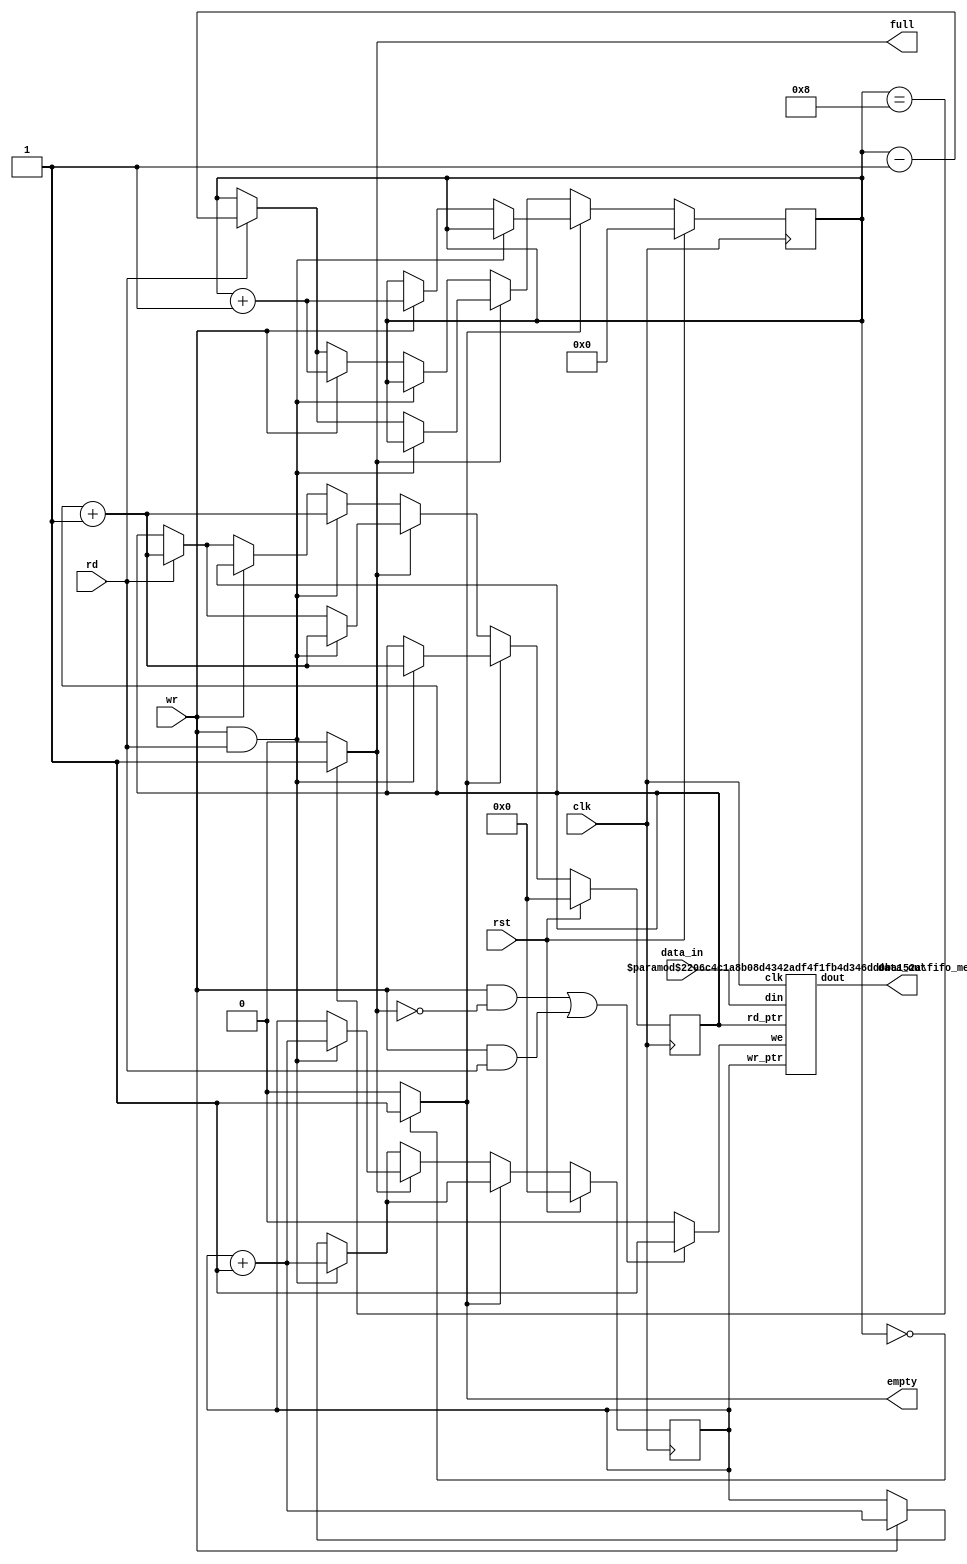
/**
  Simple FIFO.
  --
  Architecture: ANY
  --
  Parameters:
  * width: data width in bits (max 32 bits)
  * num_slots: number of fifo slots (max 256 slots)
  --
  (c) 2020 - 2023 Gray, gray@grayraven.org
  https://oberon-rts.org/licences
**/

`timescale 1ns / 1ps
`default_nettype none

module fifo #(parameter data_width = 8, num_slots = 8) (
  input wire clk,
  input wire rst,
  input wire rd,
  input wire wr,
  input wire [data_width-1:0] data_in,
  output wire empty, full,
  output wire [data_width-1:0] data_out
);

  reg [7:0] rd_ptr;
  reg [7:0] wr_ptr;
  reg [8:0] count;
  wire we;

  assign empty = (count == 8'b0) ? 1'b1 : 1'b0;
  assign full = (count == num_slots[8:0]) ? 1'b1 : 1'b0;

  always @(posedge clk) begin
    if (rst) begin
      rd_ptr[7:0] <= 8'b0;
      wr_ptr[7:0] <= 8'b0;
      count[8:0] <= 9'b0;
    end
		else begin
      if (empty) begin
        if (wr & rd) begin
          wr_ptr[7:0] <= wr_ptr[7:0] + 8'b1;
          rd_ptr[7:0] <= rd_ptr[7:0] + 8'b1;
        end
        else begin
          if (wr) begin
            wr_ptr[7:0] <= wr_ptr[7:0] + 8'b1;
            count[8:0] <= count[8:0] + 9'b1;
          end
        end
      end
      else begin
        if (full) begin
          if (wr & rd) begin
            wr_ptr[7:0] <= wr_ptr[7:0] + 8'b1;
            rd_ptr[7:0] <= rd_ptr[7:0] + 8'b1;
          end
          else begin
            if (rd) begin
              rd_ptr[7:0] <= rd_ptr[7:0] + 8'b1;
              count[8:0] <= count[8:0] - 9'b1;
            end
          end
        end
        else begin // in between
          if (wr & rd) begin
            wr_ptr[7:0] <= wr_ptr[7:0] + 8'b1;
            rd_ptr[7:0] <= rd_ptr[7:0] + 8'b1;
          end
          else begin
            if (wr) begin
              wr_ptr[7:0] <= wr_ptr[7:0] + 8'b1;
              count[8:0] <= count[8:0] + 9'b1;
            end
            else begin
              if (rd) begin
                rd_ptr[7:0] <= rd_ptr[7:0] + 8'b1;
                count[8:0] <= count[8:0] - 9'b1;
              end
            end
          end
        end
      end
    end
  end

  assign we = ((wr && ~full) | (wr && rd)) ? 1'b1 : 1'b0;

  fifo_mem #(.data_width(data_width), .num_slots(num_slots)) stack_mem_0 (
    .clk(clk),
    .we(we),
    .rd_ptr(rd_ptr),
    .wr_ptr(wr_ptr),
    .din(data_in[data_width-1:0]),
    .dout(data_out[data_width-1:0])
  );

endmodule


module fifo_mem #(parameter data_width = 8, num_slots = 8) (
  input wire clk,
  input wire we,
  input wire [7:0] rd_ptr,
  input wire [7:0] wr_ptr,
  input wire [data_width-1:0] din,
  output reg [data_width-1:0] dout
);

  reg [data_width-1:0] mem [num_slots-1:0];

  // read will return new data from write
  always @(posedge clk) begin
    if (we) begin
      mem[wr_ptr] = din[data_width-1:0];
    end
    dout[data_width-1:0] = mem[rd_ptr];
  end

endmodule

`resetall